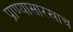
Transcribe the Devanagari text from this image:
प्राण्यासारखाच